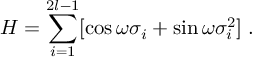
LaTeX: H = \sum _ { i = 1 } ^ { 2 l - 1 } [ \cos \omega \sigma _ { i } + \sin \omega \sigma _ { i } ^ { 2 } ] \; .